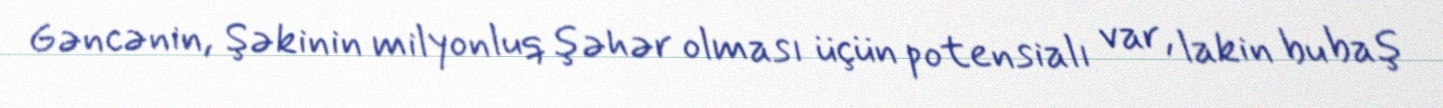
Gəncənin, Şəkinin milyonluq şəhər olması üçün potensialı var, lakin bu baş